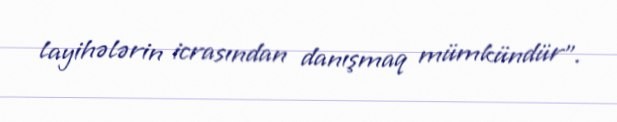
layihələrin icrasından danışmaq mümkündür".